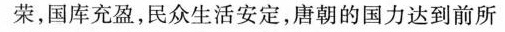
荣，国库充盈，民众生活安定，唐朝的国力达到前所